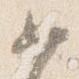
如